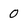
Character: 0